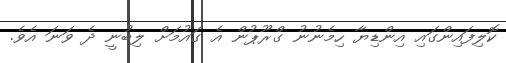
ކޮލިފައިންގައި އިންޑިޔާ ހިމެނުނު ގްރޫޕުން އެ ގައުމަށް ލިބުނީ ދެ ވަނަ އެވެ.